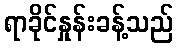
ရာခိုင်နှုန်းခန့်သည်